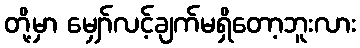
တို့မှာ မျှော်လင့်ချက်မရှိတော့ဘူးလား